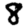
Digit: 8